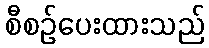
စီစဉ်ပေးထားသည်